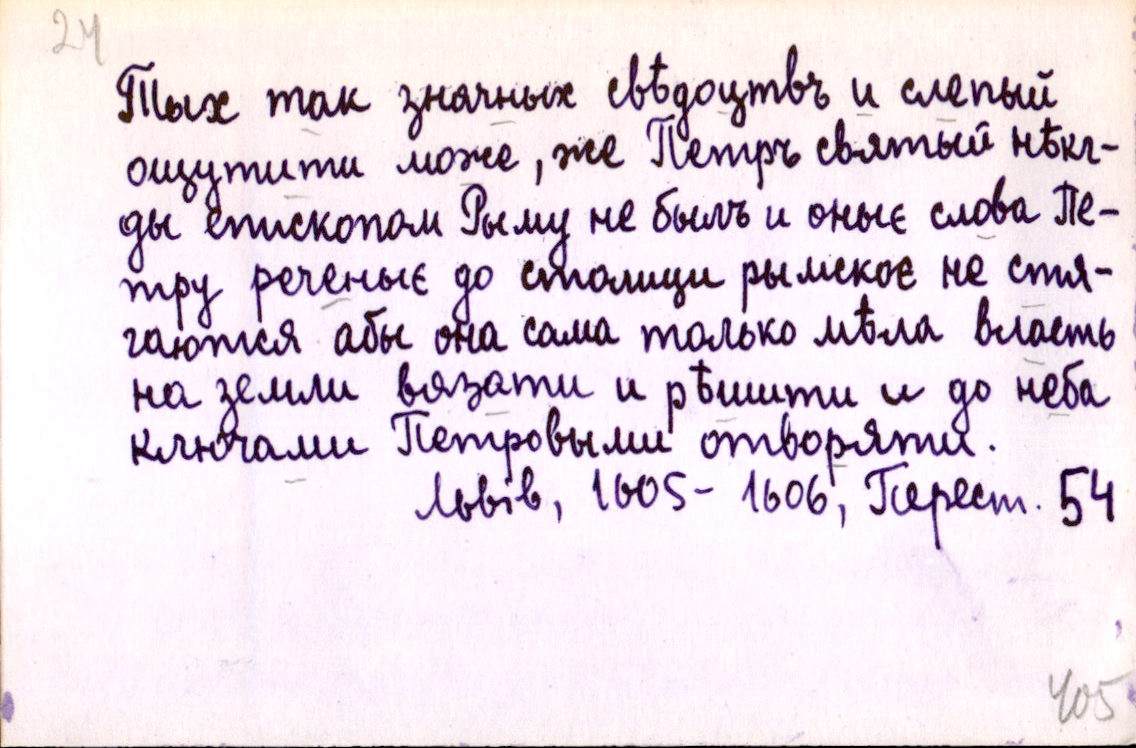
Тых так значных свѣдоцтвъ и слепый
ощутити може, же Петръ святый нѣкг-
ды епископом Рыму не былъ и оныє слова Пе-
тру реченыє до столици рымскоє не стя-
гаются абы она сама только мѣла власть
на земли вязати и рѣшити и до неба
ключами Петровыми отворяти.
Львів, 1605-1606, Перест. 54